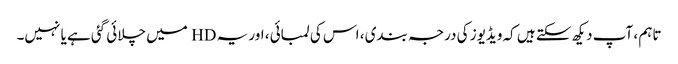
تاہم ، آپ دیکھ سکتے ہیں کہ ویڈیوز کی درجہ بندی ، اس کی لمبائی ، اور یہ HD میں چلائی گئی ہے یا نہیں۔